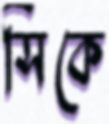
সিকে